Vaccination in Bombay 1869-1873 - 1869-1873
Year: 1869
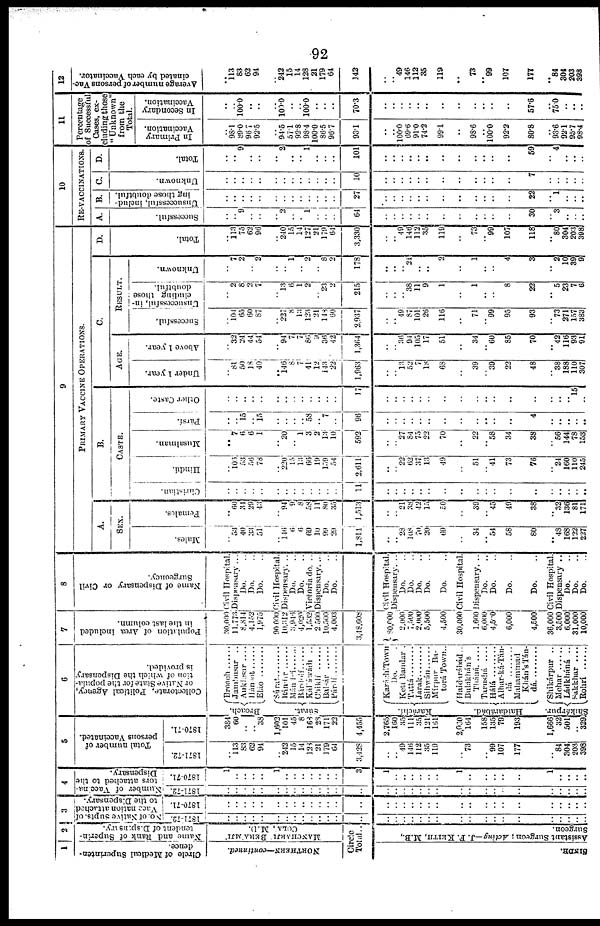
92
1
Circle of Medical Superinten-
dence.
NORTHERN—continued.
2
Name and Rank of Superin-
tendent of Dispensary.
MANCHARJI BERA'MJI'
COLA, M.D.
Circle
Total ..
..SINDH.
Assistant Surgeon; Acting— J. F. KEITH, M.B.,
Surgeon.
3
No. of Native Supts. of
Vaccnation attached
to the Dispensary.
1871-72.
..
..
..
..
..
..
..
..
..
..
..
..
..
..
..
..
..
..
..
..
..
..
..
..
..
..
..
..
..
..
..
..
1870-71.
..
..
..
..
..
..
..
..
..
..
..
..
..
..
..
..
..
..
..
..
..
..
..
..
..
..
..
..
..
..
..
..
4
Number of Vaccina¬
tors attached to the
Dispensary.
1871-72
..
..
..
..
..
..
..
..
..
..
..
..
..
..
..
..
..
..
..
..
..
..
..
..
..
..
..
..
..
..
..
..
1870-71.
1
..
..
..
..
1
..
..
..
..
..
..
..
3
1
..
..
..
..
..
..
1
..
..
..
..
..
1
..
..
..
..
5
Total number of
persons Vaccinated.
1871-72.
..
113
83
62
94
..
242
15
14
123
21
179
64
3,428
..
.. 49
146
112
35
119
..
73
.. 99
107
177
..
84
304
203
398
1870-71.
384
60
..
.. 38
1,602
101
45
8
168
28
171
22
4,455
2,765
160
35
111
35
121
161
2,030
164
158
135
79
193
1,666
32
501
.. 329
6
Collectorate, Political Agency,
or Native State for the popula-
tion of which the Dispensary
is provided.
Broach.
Súrat.
Broach......
Jambusar ..
Anklasar ....
Hánsot......
Eláo ........
Súrat........
Rándar....
Mánlví......
Bárdolí.... Káliá'wádi ..
Chikli ......
Bakár ......
Párdí......
Karáchí.
Haidarabád.
Shikárpur.
KaráchiTown
Do. .
Keti Bandar .
Tattá......
Jarak ........
Sihwán...... Mírpur Ba-
torá Town..
Haidarábád..
Bulakhán's
Tháná. ....
Tarushá
....
Hálá........ Alhar-ká-Tán¬
dá ........
Muhammad
Khán'sTán¬
dá........
Shikárpur ..
Mehar ......
Ládkháná ..
Sakkhar ....
Rohrí ......
7
Population of Area included
in the last column.
30,000
11,773
8,814
4,153
1,975
90,000
10,312
3,946
4,020
1,532
2,500
10,500
4,003
3,48,608
80,000
2,000
7,500
2,000
5,500
4,500
30,000
1,600
6,000
4,500
6,000
4,500
36,000
3,500
6,000
31,000
10,000
8
Name of Dispensary or Civil
Surgeoncy.
Civil Hospital.
Dispensary ...
Do. ..
Do. ..
Do. ..
Civil Hospital.
Dispensary. ..
Do.
..
Do. ..
Victoria do. ..
Dispensary. ...
Do. ..
Do. ..
Civil Hospital.
Dispensary. ..
Do. ..
Do. ..
Do. ..
Do. ..
Do. ..
Civil Hospital.
Dispensary. ..
Do. ..
Do. ..
Do. ..
Do. ..
Civil Hospital.
Dispensary ..
Do. ..
Do. ..
Do. ..
9
PRIMARY VACCINE OPERATIONS.
A.
SEX.
Males.
..
53
40
33
51
..
146
6
6
69
10
99
29
1,814
..
.. 28
108
70
20
69
..
34
.. 54
58
80
..
48
168
122
227
Females.
..
60
34
29
43
..
94
9
8
58
11
80
35
1,513
..
.. 21
38
42
15
50
..
39
.. 45
49
38
..
32
136
81
171
B.
CASTE.
Christian.
..
..
..
..
..
..
..
..
..
..
..
..
..
11
..
..
..
..
..
..
..
..
..
..
..
..
..
..
..
..
..
Hindu.
..
105
53
56
78
..
220
15
13
66
19
159
54
2,611
..
.. 22
62
37
13
49
..
51
.. 41
73
76
..
24
160
110
245
Musalman.
..
7
6
6
1
..
20
.. 1
3
2
13
10
592
..
.. 27
84
75
22
70
..
22
.. 58
34
38
..
56
144
78
153
Pársí.
..
.. 15
.. 15
..
..
..
.. 58
.. 7
..
96
..
..
..
..
..
..
..
..
..
..
..
..
4
..
..
..
..
..
Other Caste.
..
..
..
..
..
..
..
..
..
..
..
..
..
17
..
..
..
..
..
..
..
..
..
..
..
..
..
..
..
.. 15
..
C.
AGE.
Under 1 year.
..
81
50
18
40
..
146
8 7
41
12
143
22
1,963
..
.. 13
52
7
18
68
..
39
.. 39
22
48
..
38
188
110
307
Above 1 year.
..
32
24
44
54
..
94
7
7
86
9
36
42
1,364
..
.. 36
94
105
17
51
..
34
.. 60
85
70
..
42
116
93
91
RESULT.
Successful.
..
104
65
60
87
..
227
8
13
123
21
148
60
2,937
..
.. 49
87
101
26
116
..
71
.. 99
95
93
..
73
271
157
383
Unsuccessful, in-
cluding those
doubtful.
..
2
8
2
7
..
13
6
1
2
.. 23
2
215
..
..
.. 38
11
9
1
..
1
..
..
8
22
..
5
23
7
6
Unknown.
..
7
2
.. 2
..
.. 1
.. 2
.. 8
2
178
..
....
.. 21
..
..
2
..
1
..
..
4
3
..
2
10
39
9
D.
Total.
..
113
75
62
96
..
240
15
14
127
21
179
64
3,330
..
.. 49
146
112
35
119
..
73
.. 99
107
118
..
80
304
203
398
10
RE-VACCINATIONS.
A.
Successful.
..
.. 9
..
..
..
2
..
.. 1
..
..
..
64
..
..
..
..
..
..
..
..
..
..
..
..
30
..
3
..
..
..
B.
Unsuccessful, includ-
ing those doubtful.
..
..
..
..
..
..
..
..
..
..
..
..
..
27
..
..
..
..
..
..
..
..
..
..
..
..
22
..
1
..
..
..
C.
Unknown.
..
..
..
..
..
..
..
..
..
..
..
..
..
10
..
..
..
..
..
..
..
..
..
..
..
..
7
..
..
..
..
..
D.
Total.
..
.. 9
..
..
..
2
..
.. 1
..
..
..
101
..
..
..
..
.. ..
..
..
..
.. ..
..
59
..
4
..
.. ..
11
Percentage
of Successful
Cases, ex-
cluding those
" Unknown"
from the
Total.
In Primary
Vaccination.
..
98.1
89.0
96.7
92.5
..
94.5
57.1
92.8
98.4
100.0
86.5
96.7
93.1
..
.... 100.0
69.6
91.0
74.2
99.1
..
98.6
.. 100.0
92.2
80.8
..
93.6
92.1
95.7
98.4
In Secondary
Vaccination.
..
.. 100.0
..
..
..
100.0
..
.. 100.0
..
..
..
70.3
..
..
..
..
..
..
..
..
..
..
..
..
57.6
..
75.0
..
..
..
12
Average number of persons Vac-
cinated by each Vaccinator.
..
113
83
62
94
..
242
15
14
128
21
179
64
142
..
.. 49
146
112
35
119
..
73
.. 99
107
177
..
84
304
203
398